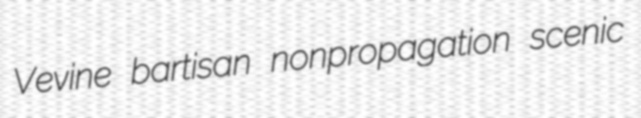
Vevine bartisan nonpropagation scenic